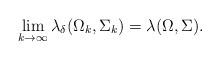
LaTeX: \begin{align*} \lim_{k\to\infty}\lambda_\delta(\Omega_k,\Sigma_k)=\lambda(\Omega,\Sigma).\end{align*}